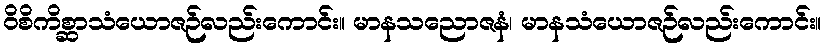
ဝိစိကိစ္ဆာသံယောဇဉ်လည်းကောင်း။ မာနသညောဇနံ၊ မာနသံယောဇဉ်လည်းကောင်း။